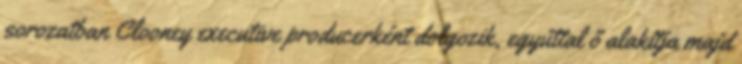
sorozatban Clooney executive producerként dolgozik, egyúttal ő alakítja majd